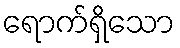
ရောက်ရှိသော